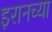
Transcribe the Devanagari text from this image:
इरानच्या